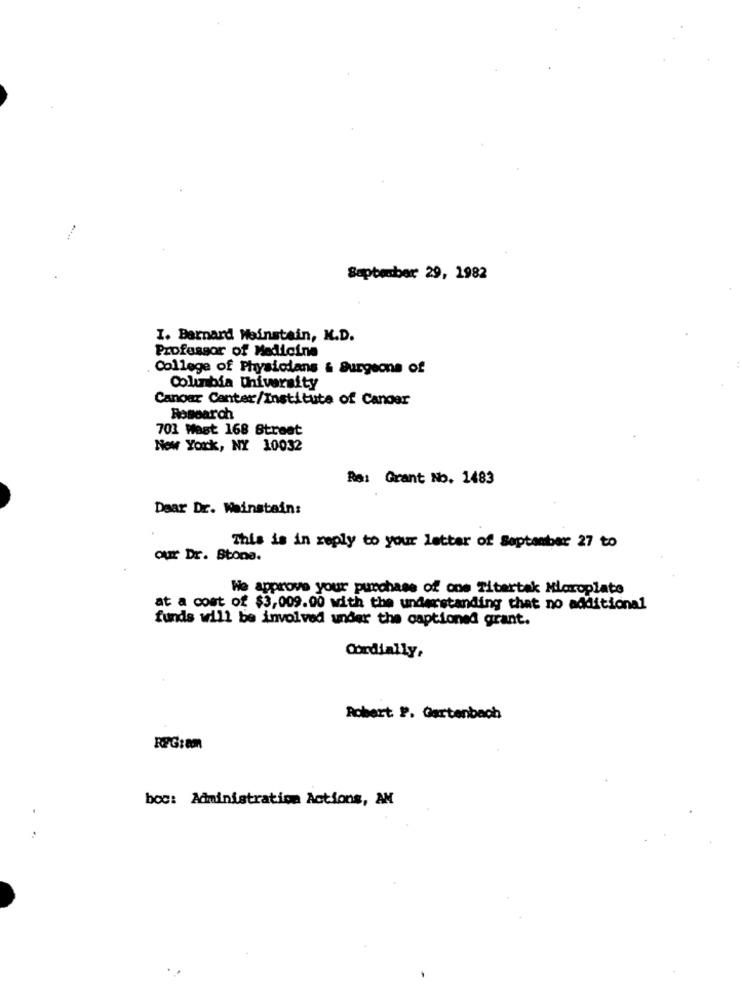
September 29, 1982
I. Barnard Weinstein, K.D.
Professor of Medicine
College of Physicians & Surgeons of
Columbia University
Canour Canter/Institute of Candar
Research
701 Wast 168 Street
New York, NY 10032
Re: Grant No. 1483
Dear Dr. Weinstein:
This is in reply to your letter of September 27 to
our Dr. Stone.
We approve your purchase of one Titertak Microplate
at a cost of $3,009.00 with the understanding that no additional
funds will be involved under the captioned grant.
Cordially,
Robert P. Gartenbach
RPG:am
boc: Administration Actions, AM